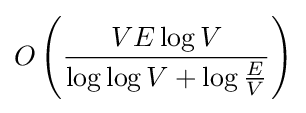
\displaystyle O\left({\frac {VE\log V}{\log \log V+\log {\tfrac {E}{V}}}}\right)